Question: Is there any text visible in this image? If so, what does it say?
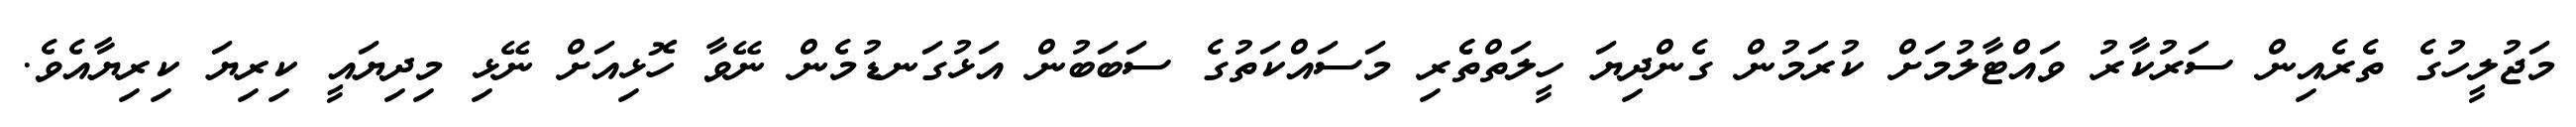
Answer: މަޖުލީހުގެ ތެރެއިން ސަރުކާރު ވައްޓާލުމަށް ކުރަމުން ގެންދިޔަ ހީލަތްތެެރި މަސައްކަތުގެ ސަބަބުން އަޅުގަނޑުމެން ނޭވާ ހޮޅިއަށް ނޭޅި މިދިޔައީ ކިރިޔަ ކިރިޔާއެވެ.